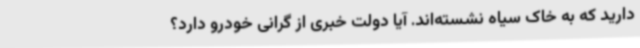
دارید که به خاک سیاه نشسته‌اند. آیا دولت خبری از گرانی خودرو دارد؟